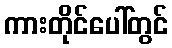
ကားတိုင်ပေါ်တွင်